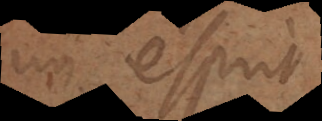
un esprit